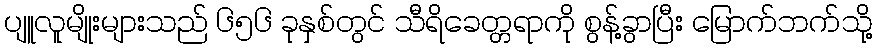
ပျူလူမျိုးများသည် ၆၅၆ ခုနှစ်တွင် သီရိခေတ္တရာကို စွန့်ခွာပြီး မြောက်ဘက်သို့